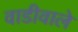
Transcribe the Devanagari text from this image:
वाडीवाले